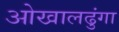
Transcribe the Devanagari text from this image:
ओखालढुंगा